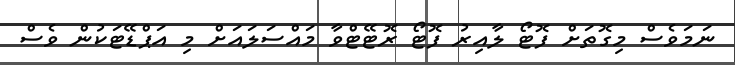
ނަމަވެސް މިގޮތަށް ފޮޓޯ ލާއިރު ފޮޓޯ ރޮޓޭޓްވާ މައްސަލައަށް މި އަޕްޑޭޓަކުން ވެސް